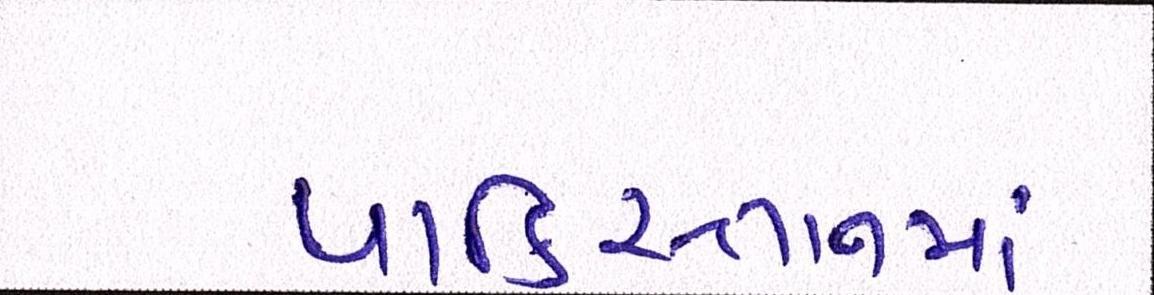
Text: પાકિસ્તાનમાં